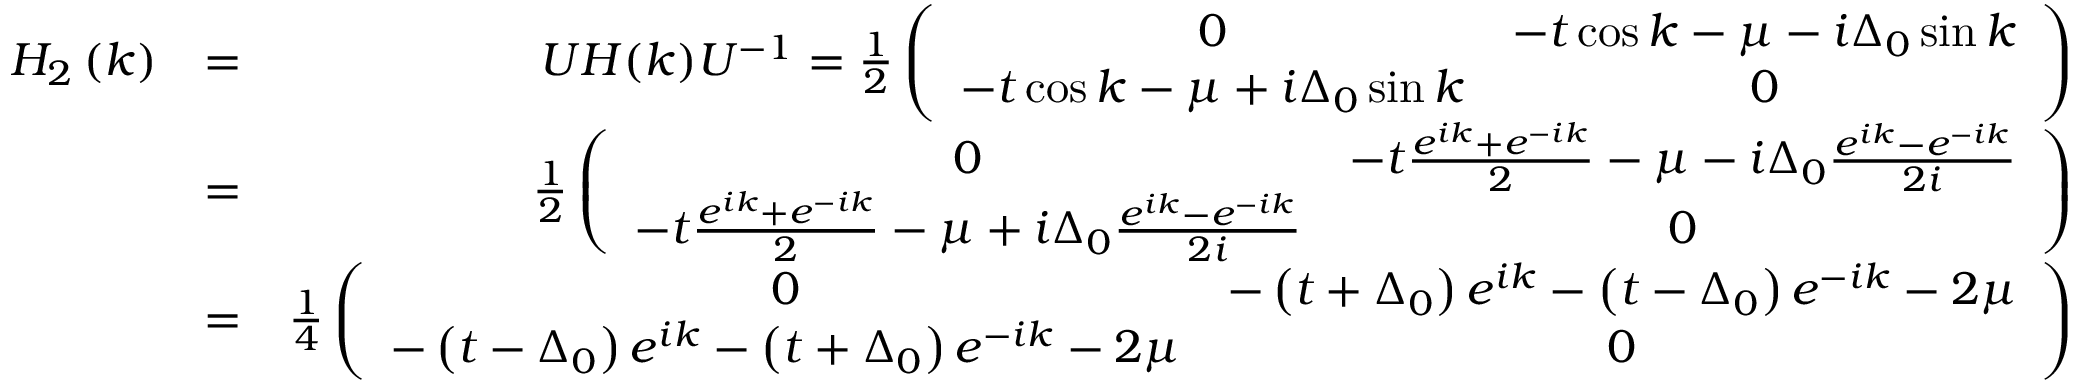
\begin{array} { r l r } { H _ { 2 } \left( k \right) } & { = } & { U H ( k ) U ^ { - 1 } = \frac { 1 } { 2 } \left( \begin{array} { c c } { 0 } & { - t \cos k - \mu - i \Delta _ { 0 } \sin k } \\ { - t \cos k - \mu + i \Delta _ { 0 } \sin k } & { 0 } \end{array} \right) } \\ & { = } & { \frac { 1 } { 2 } \left( \begin{array} { c c } { 0 } & { - t \frac { e ^ { i k } + e ^ { - i k } } { 2 } - \mu - i \Delta _ { 0 } \frac { e ^ { i k } - e ^ { - i k } } { 2 i } } \\ { - t \frac { e ^ { i k } + e ^ { - i k } } { 2 } - \mu + i \Delta _ { 0 } \frac { e ^ { i k } - e ^ { - i k } } { 2 i } } & { 0 } \end{array} \right) } \\ & { = } & { \frac { 1 } { 4 } \left( \begin{array} { c c } { 0 } & { - \left( t + \Delta _ { 0 } \right) e ^ { i k } - \left( t - \Delta _ { 0 } \right) e ^ { - i k } - 2 \mu } \\ { - \left( t - \Delta _ { 0 } \right) e ^ { i k } - \left( t + \Delta _ { 0 } \right) e ^ { - i k } - 2 \mu } & { 0 } \end{array} \right) } \end{array}